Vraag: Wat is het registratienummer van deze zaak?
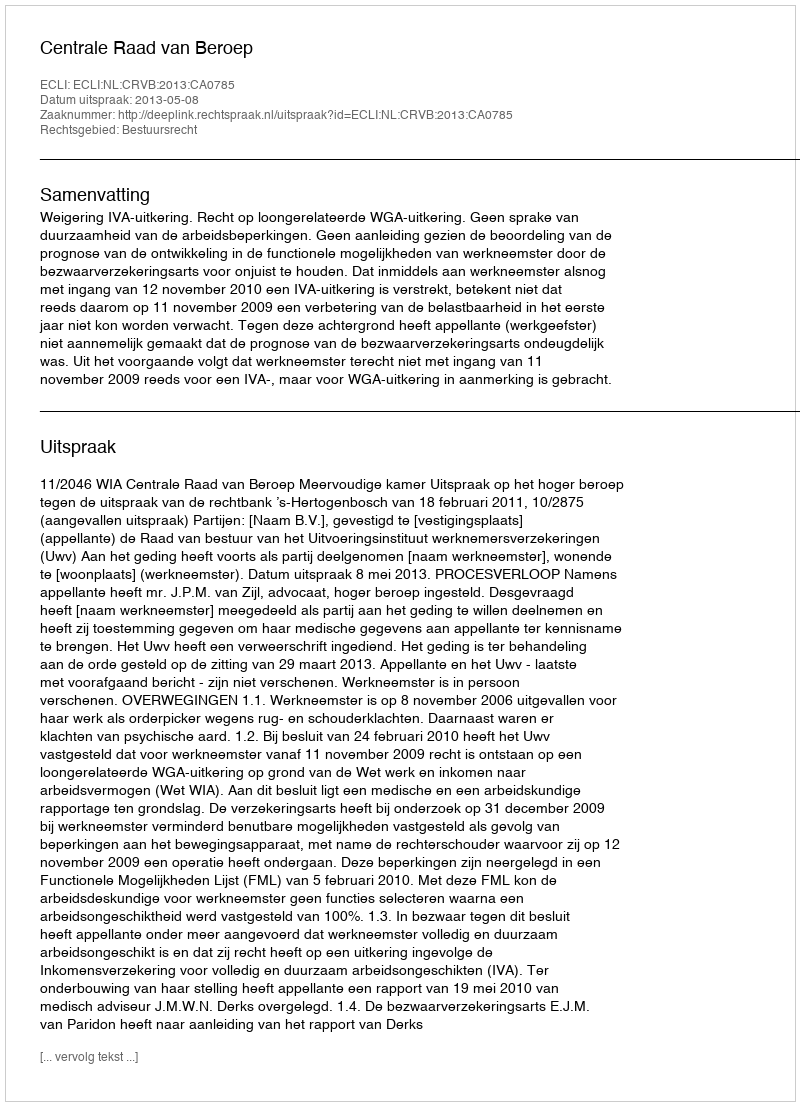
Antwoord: http://deeplink.rechtspraak.nl/uitspraak?id=ECLI:NL:CRVB:2013:CA0785